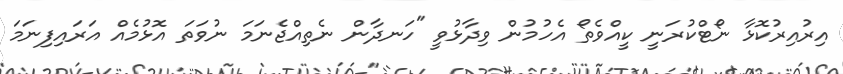
އިރުއިރުކޮޅާ ނޯޓްކުރަނީ ކީއްވެތޯ އެހުމުން ވިދާޅުވީ "ހަނދާން ނެތިއްޖެނަމަ ނުވަތަ އޮޅުމެއް އަރައިފިނަމަ